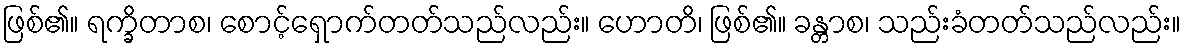
ဖြစ်၏။ ရက္ခိတာစ၊ စောင့်ရှောက်တတ်သည်လည်း။ ဟောတိ၊ ဖြစ်၏။ ခန္တာစ၊ သည်းခံတတ်သည်လည်း။